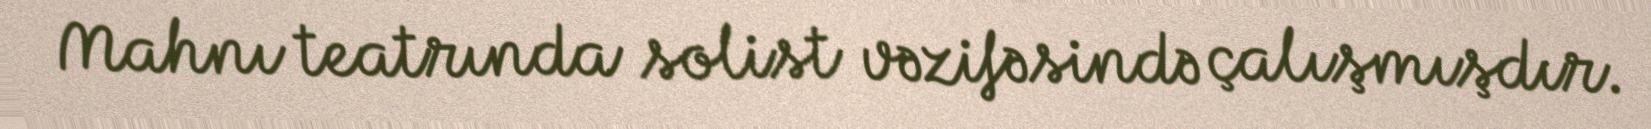
Mahnı teatrında solist vəzifəsində çalışmışdır.